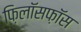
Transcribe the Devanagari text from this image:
फ़िलॉसफ़ॉस